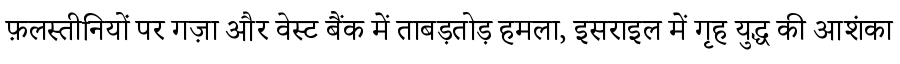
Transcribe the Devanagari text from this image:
फ़लस्तीनियों पर गज़ा और वेस्ट बैंक में ताबड़तोड़ हमला, इसराइल में गृह युद्ध की आशंका